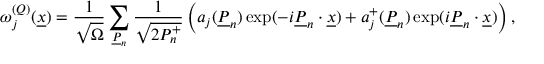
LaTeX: \omega _ { j } ^ { ( { \cal Q } ) } ( \underline { { { x } } } ) = \frac { 1 } { \sqrt { \Omega } } \sum _ { \underline { { { P } } } _ { n } } \frac { 1 } { \sqrt { 2 P _ { n } ^ { + } } } \left( a _ { j } ( \underline { { { P } } } _ { n } ) \exp ( - i \underline { { { P } } } _ { n } \cdot \underline { { { x } } } ) + a _ { j } ^ { + } ( \underline { { { P } } } _ { n } ) \exp ( i \underline { { { P } } } _ { n } \cdot \underline { { { x } } } ) \right) ,